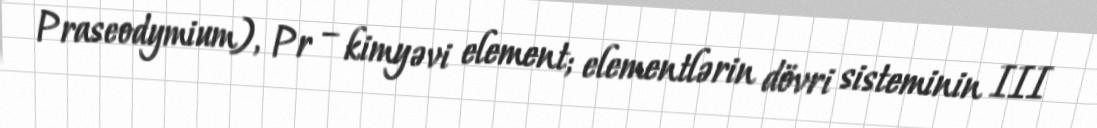
Praseodymium), Pr – kimyəvi element; elementlərin dövri sisteminin III